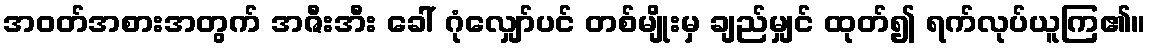
အဝတ်အစားအတွက် အဇီးအီး ခေါ် ဂုံလျှော်ပင် တစ်မျိုးမှ ချည်မျှင် ထုတ်၍ ရက်လုပ်ယူကြ၏။